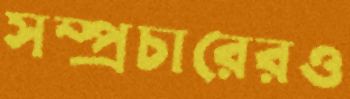
সম্প্রচারেরও